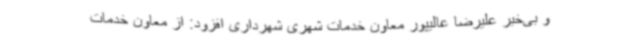
و بی‌خبر علیرضا عالیپور معاون خدمات شهری شهرداری افزود: از معاون خدمات